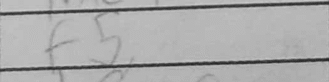
Transcription: f5